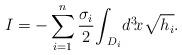
LaTeX: \begin{align*}I = - \sum_{i=1}^{n} {\frac{\sigma_{i}}{2}}{\int}_{\!\!D_{i}}d^{3}\!x \sqrt{h_{i}}.\end{align*}